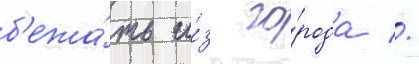
б'ежа́ть и́з го́рода //